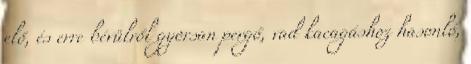
elő, és erre bévülről gyorsan pergő, vad kacagáshoz hasonló,